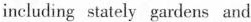
including stately gardens and